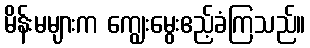
မိန်းမများက ကျွေးမွေးဧည့်ခံကြသည်။